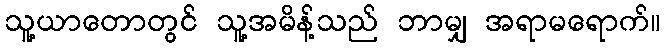
သူ့ယာတောတွင် သူ့အမိန့်သည် ဘာမျှ အရာမရောက်။